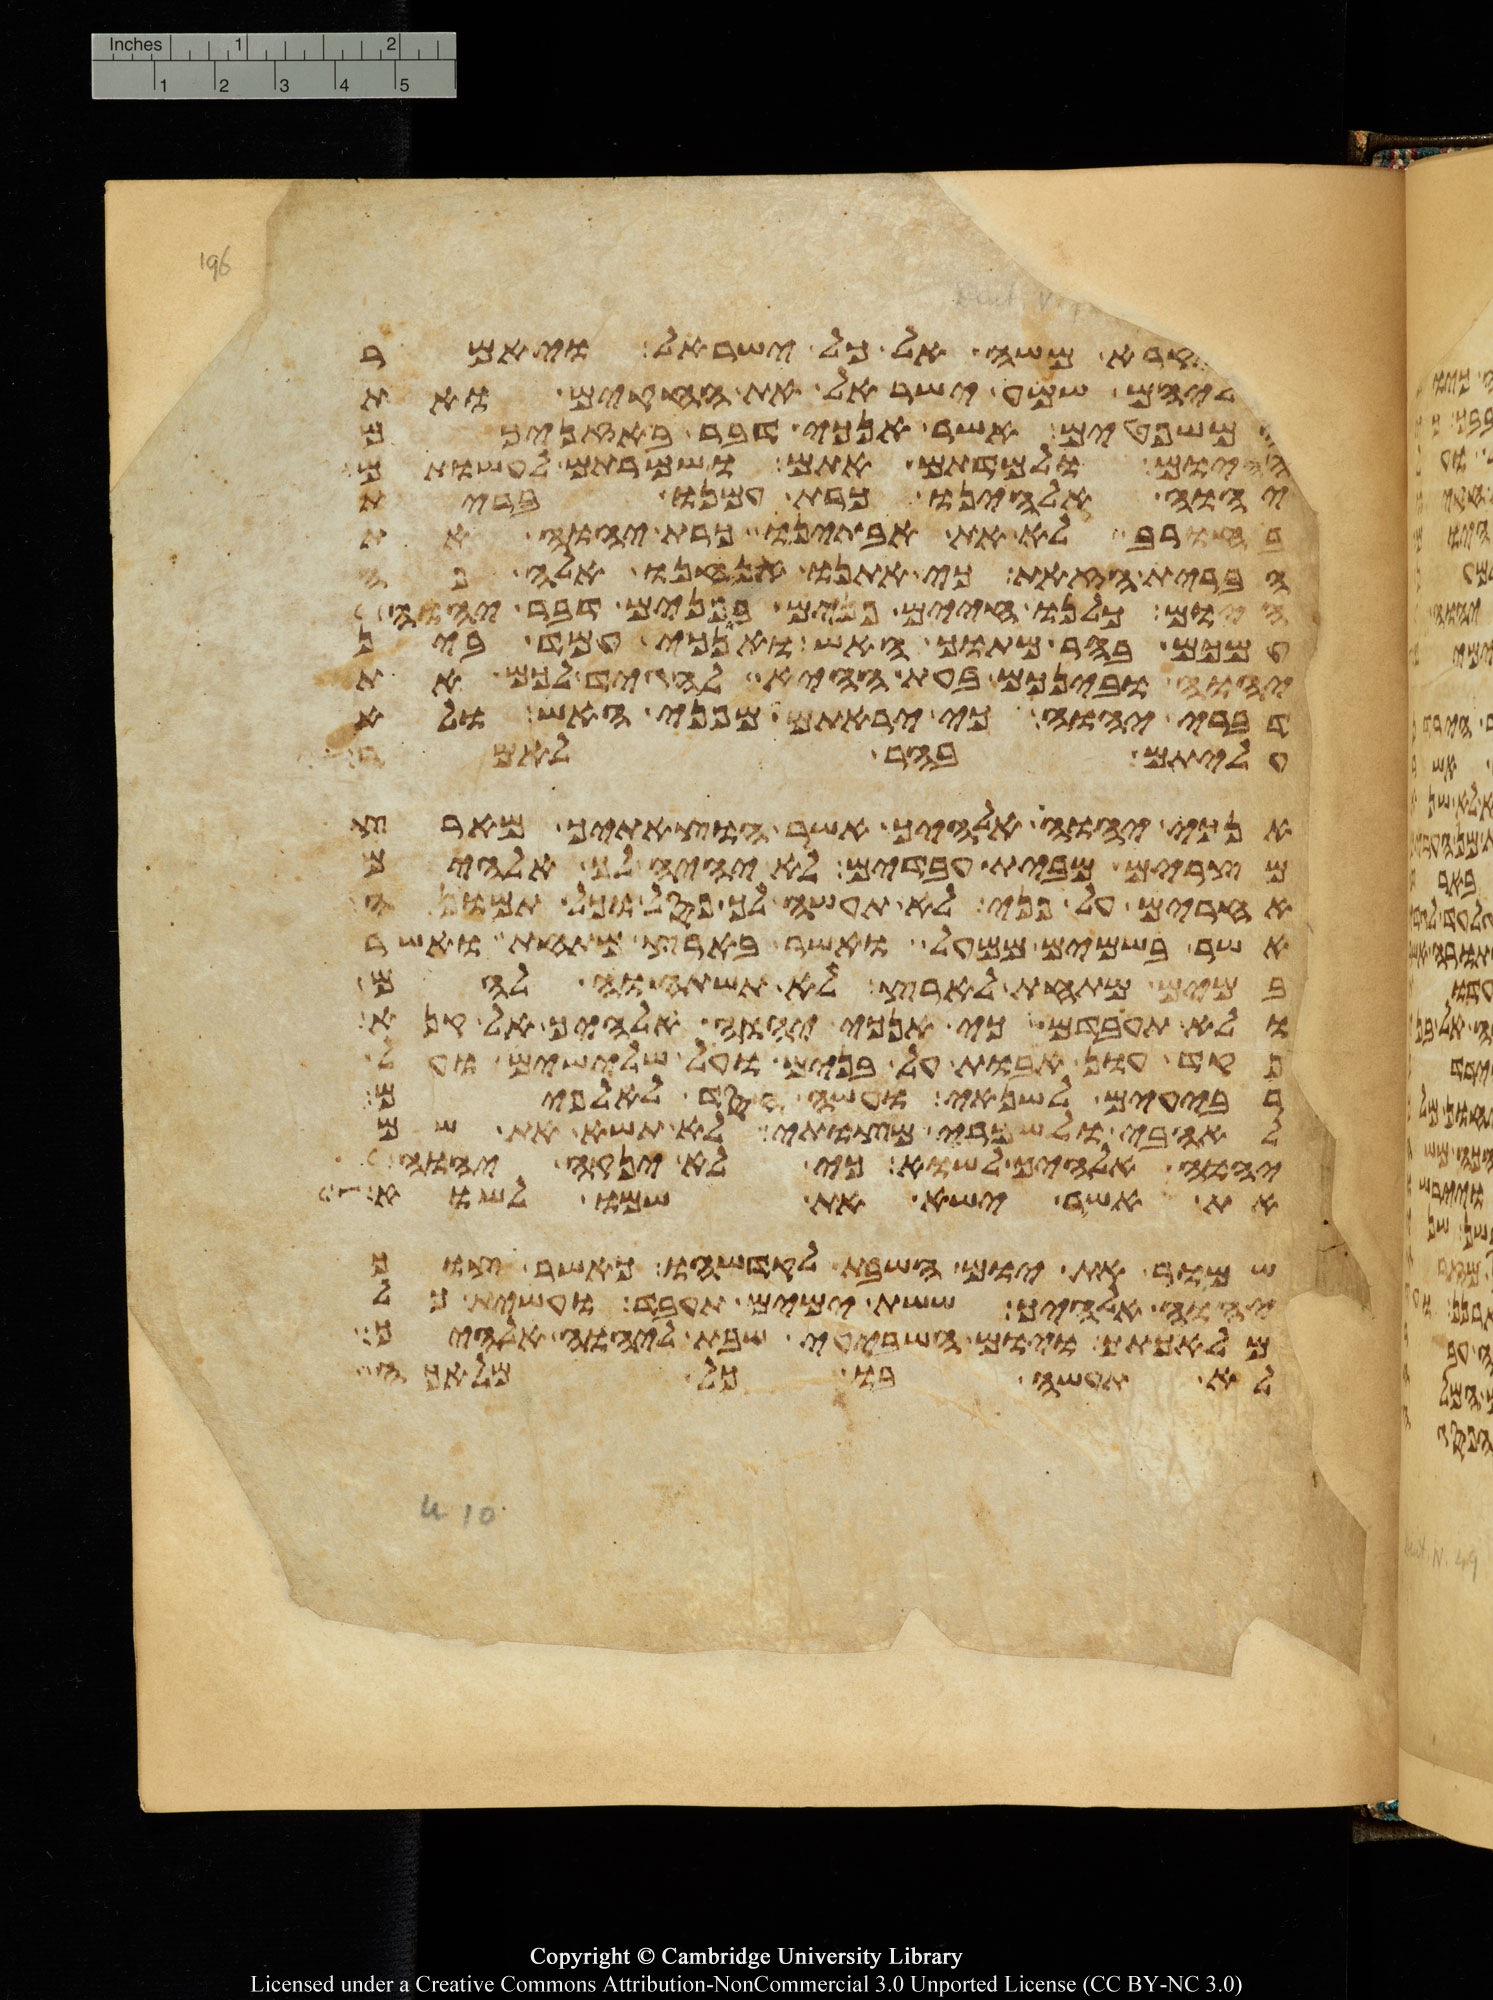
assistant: ויקרא משה אל כל ישראל ויאמר
אליהם שמע ישראל את החקים ואת
המשפטים אשר אנכי דבר באזניכם
היום ולמדתם אתם ושמרתם לעשותם
יהוה אלהינו כרת עמנו ברית
בחורב לא את אבתינו כרת יהוה את
הברית הזאת כי אתנו אנחנו אלה פה
היום כלנו חיים פנים בפנים דבר יהוה
עמכם בהר מתוך האש ואנכי עמד בין
יהוה ובינכם בעת ההיא להגיד לכם את
דברי יהוה כי יראתם מפני האש ולא
עליתם בהר לאמר
אנכי יהוה אלהיך אשר הוצאתיך מארץ
מצרים מבית עבדים לא יהיה לך אלהים
אחרים על פני לא תעשה לך פסל וכל תמונה
אשר בשמים ממעל ואשר בארץ מתחת ואשר
במים מתחת לארץ לא תשתחוה להם
ולא תעבדם כי אנכי יהוה אלהיך אל קנא
פקד עון אבות על בנים על שלישים ועל
רביעים לשנאי ועשה חסד לאלפים
לאהבי ולשמרי מצותי לא תשא את שם
יהוה אלהיך לשוא כי לא ינקה יהוה
את אשר ישא את שמו לשוא
שמור את יום השבת לקדשהו כאשר צוך
יהוה אלהיך ששת ימים תעבד ועשית כל
מלאכתך ויום השביעי שבת ליהוה אלהיך
לא תעשה בו כל מלאכה